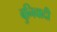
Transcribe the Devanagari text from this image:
बुनिवादी